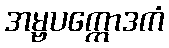
အမ္ဗပက္ကောဒကံ